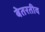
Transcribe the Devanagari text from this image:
बेतरतीव